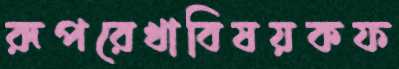
রূপরেখাবিষয়কফ